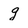
Character: g